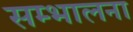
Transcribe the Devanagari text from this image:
सम्भालना